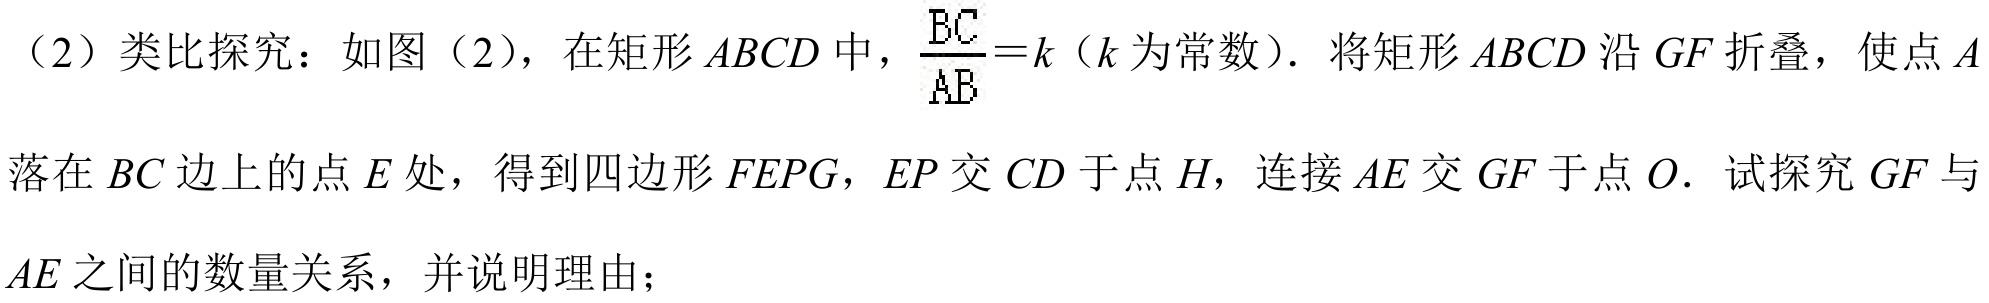
（2）类比探究：如图（2），在矩形\(ABCD\)中，\(\frac{BC}{AB}=k\)（\(k\)为常数）. 将矩形\(ABCD\)沿\(GF\)折叠，使点\(A\)
落在\(BC\)边上的点\(E\)处，得到四边形\(FEPG\)，\(EP\)交\(CD\)于点\(H\)，连接\(AE\)交\(GF\)于点\(O\). 试探究\(GF\)与
\(AE\)之间的数量关系，并说明理由；